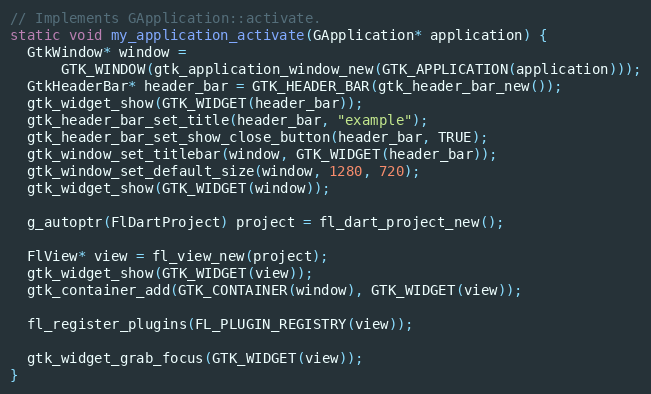
Language: C++
// Implements GApplication::activate.
static void my_application_activate(GApplication* application) {
  GtkWindow* window =
      GTK_WINDOW(gtk_application_window_new(GTK_APPLICATION(application)));
  GtkHeaderBar* header_bar = GTK_HEADER_BAR(gtk_header_bar_new());
  gtk_widget_show(GTK_WIDGET(header_bar));
  gtk_header_bar_set_title(header_bar, "example");
  gtk_header_bar_set_show_close_button(header_bar, TRUE);
  gtk_window_set_titlebar(window, GTK_WIDGET(header_bar));
  gtk_window_set_default_size(window, 1280, 720);
  gtk_widget_show(GTK_WIDGET(window));

  g_autoptr(FlDartProject) project = fl_dart_project_new();

  FlView* view = fl_view_new(project);
  gtk_widget_show(GTK_WIDGET(view));
  gtk_container_add(GTK_CONTAINER(window), GTK_WIDGET(view));

  fl_register_plugins(FL_PLUGIN_REGISTRY(view));

  gtk_widget_grab_focus(GTK_WIDGET(view));
}